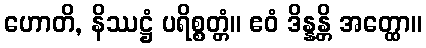
ဟောတိ, နိဿဋ္ဌံ ပရိစ္စတ္တံ။ ဧဝံ ဒိန္နန္တိ အတ္ထော။